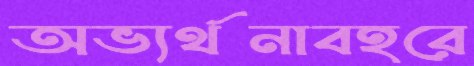
অভ্যর্থনাবহরে